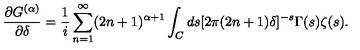
\frac { \partial G ^ { ( \alpha ) } } { \partial \delta } = \frac { 1 } { i } \sum _ { n = 1 } ^ { \infty } ( 2 n + 1 ) ^ { \alpha + 1 } \int _ { C } d s [ 2 \pi ( 2 n + 1 ) \delta ] ^ { - s } \Gamma ( s ) \zeta ( s ) .